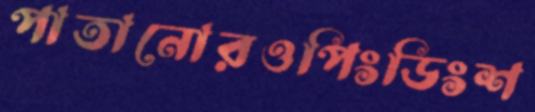
পাতানোরওপিংডিংশ